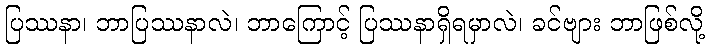
ပြဿနာ၊ ဘာပြဿနာလဲ၊ ဘာကြောင့် ပြဿနာရှိရမှာလဲ၊ ခင်ဗျား ဘာဖြစ်လို့